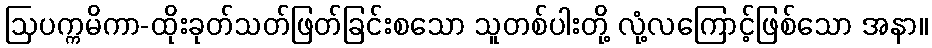
ဩပက္ကမိကာ-ထိုးခုတ်သတ်ဖြတ်ခြင်းစသော သူတစ်ပါးတို့ လုံ့လကြောင့်ဖြစ်သော အနာ။